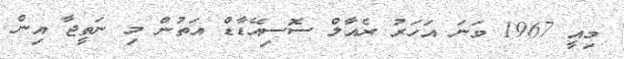
މިއީ 1967 ވަނަ އަހަރު ރެއާލް ސޮސިއޭޑާޑް އަތުން މި ނަތީޖާ އިިން